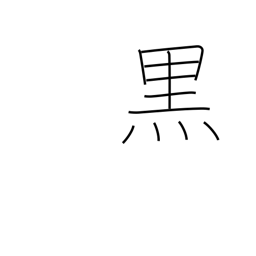
Meaning: black